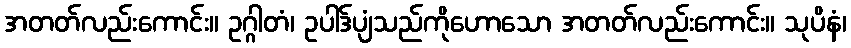
အတတ်လည်းကောင်း။ ဥဂ္ဂါတံ၊ ဥပါဒ်ပျံသည်ကိုဟောသော အတတ်လည်းကောင်း။ သုပိနံ၊